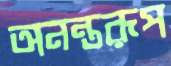
অনন্তরূপ